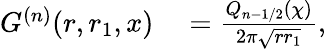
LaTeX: \begin{array}{rl}{G^{(n)}(r,r_{1},x)}&{{}=\frac{Q_{n-1/2}(\chi)}{2\pi\sqrt{rr_{1}}},}\end{array}